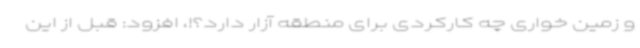
و زمین خواری چه کارکردی برای منطقه آزار دارد؟!، افزود: قبل از این